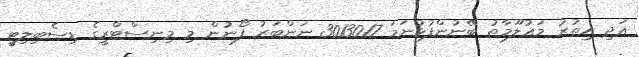
އަދި އިތުރު މަޢުލޫމާތު ބޭނުންފުޅުނަމަ 3013017 ނަންބަރު ފޯނުން މި މިނިސްޓްރީގެ ޑިސެބިލިޓީ